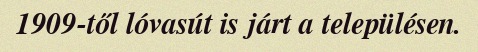
1909-től lóvasút is járt a településen.